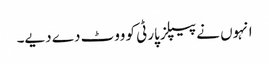
انہوں نے پیپلزپارٹی کو ووٹ دے دیے۔